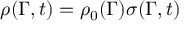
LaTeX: \rho ( \Gamma , t ) = \rho _ { 0 } ( \Gamma ) \sigma ( \Gamma , t )